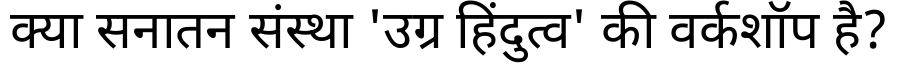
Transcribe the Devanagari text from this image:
क्या सनातन संस्था 'उग्र हिंदुत्व' की वर्कशॉप है?